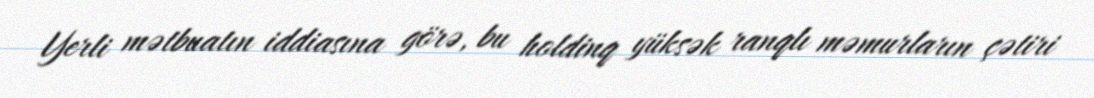
Yerli mətbuatın iddiasına görə, bu holdinq yüksək ranqlı məmurların çətiri